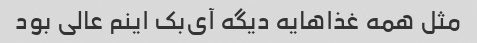
مثل همه غذاهایه دیگه آی‌بک اینم عالی بود